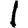
Digit: 1